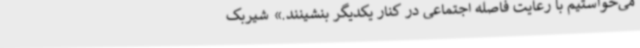
می‌خواستیم با رعایت فاصله اجتماعی در کنار یکدیگر بنشینند.» شیربک